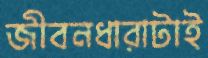
জীবনধারাটাই